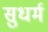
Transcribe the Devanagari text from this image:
सुधर्म